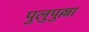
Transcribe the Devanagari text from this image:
पुलुपुल्ला